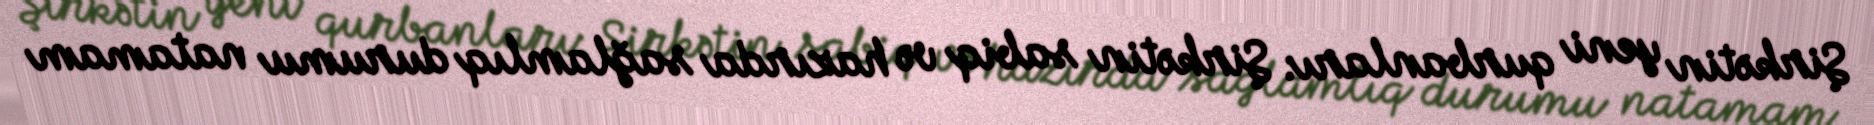
Şirkətin yeni qurbanları: Şirkətin sabiq və hazırda sağlamlıq durumu natamam